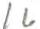
16